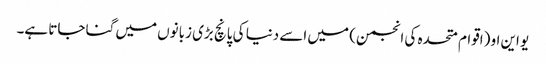
یو این او (اقوام متحدہ کی انجمن) میں اسے دنیا کی پانچ بڑی زبانوں میں گنا جاتا ہے۔